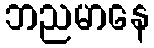
ဘညမာနေ